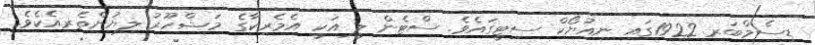
ޑިސެމްބަރ 1922ގައި ނިއުޔޯކް ސިޓީގައެވެ. ސްޓެން ލީ އަކީ އެމެރިކާގެ މަޝްހޫރު ލިޔުންތެރިއެކެވެ.